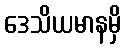
ဒေသိယမာနမှိ